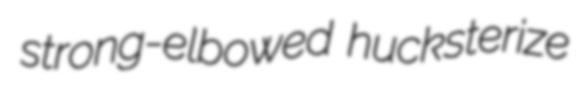
strong-elbowed hucksterize